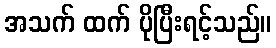
အသက် ထက် ပိုပြီးရင့်သည်။